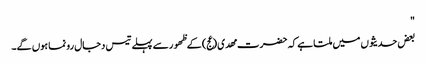
"
بعض حدیثوں میں ملتا ہے کہ حضرت مھدی (عج) کے ظھور سے پہلے تیس دجال رونما ہوں گے۔